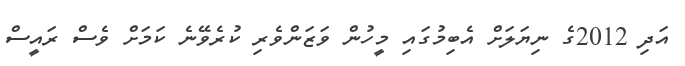
އަދި 2012ގެ ނިޔަލަށް އެބިމުގައި މީހުން ވަޒަންވެރި ކުރެވޭނެ ކަމަށް ވެސް ރައީސް